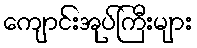
ကျောင်းအုပ်ကြီးများ